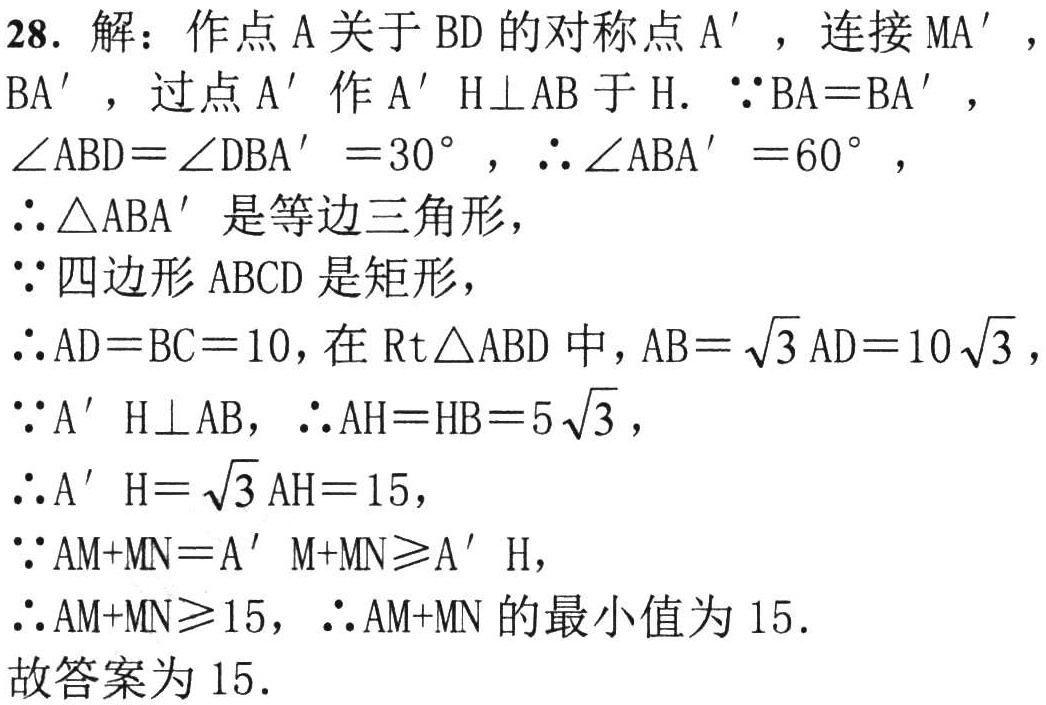
28. 解：作点\(A\)关于\(BD\)的对称点\(A'\)，连接\(MA'\)，\(BA'\)，过点\(A'\)作\(A'H\perp AB\)于\(H\). \(\because BA = BA'\)，\(\angle ABD=\angle DBA' = 30^{\circ}\)，\(\therefore\angle ABA' = 60^{\circ}\)，\(\therefore\triangle ABA'\)是等边三角形，\(\because\)四边形\(ABCD\)是矩形，\(\therefore AD = BC = 10\)，在\(Rt\triangle ABD\)中，\(AB=\sqrt{3}AD = 10\sqrt{3}\)，\(\because A'H\perp AB\)，\(\therefore AH = HB = 5\sqrt{3}\)，\(\therefore A'H=\sqrt{3}AH = 15\)，\(\because AM + MN=A'M + MN\geqslant A'H\)，\(\therefore AM + MN\geqslant15\)，\(\therefore AM + MN\)的最小值为\(15\). 故答案为\(15\).